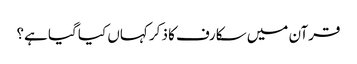
قرآن میں سکارف کا ذکر کہاں کیا گیا ہے؟